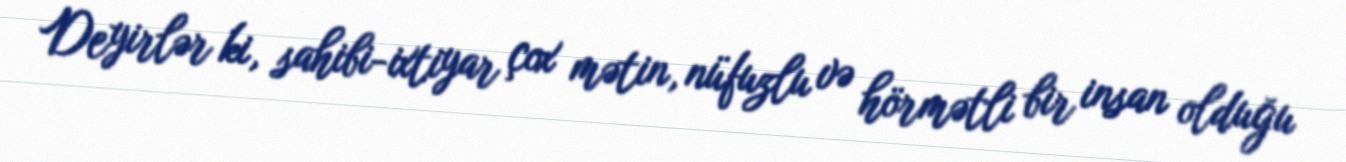
Deyirlər ki, sahibi-ixtiyar çox mətin, nüfuzlu və hörmətli bir insan olduğu